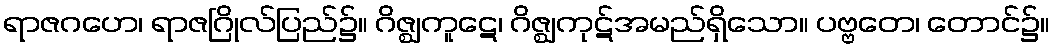
ရာဇဂဟေ၊ ရာဇဂြိုလ်ပြည်၌။ ဂိဇ္ဈကူဋေ၊ ဂိဇ္ဈကုဋ်အမည်ရှိသော။ ပဗ္ဗတေ၊ တောင်၌။